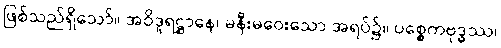
ဖြစ်သည်ရှိသော်။ အဝိဒူရဋ္ဌာနေ၊ မနီးမဝေးသော အရပ်၌။ ပစ္စေကဗုဒ္ဓဿ၊